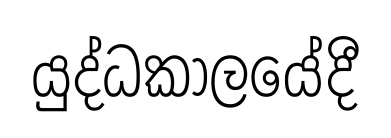
යුද්ධකාලයේදී